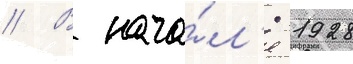
// В нача́л'е 1928